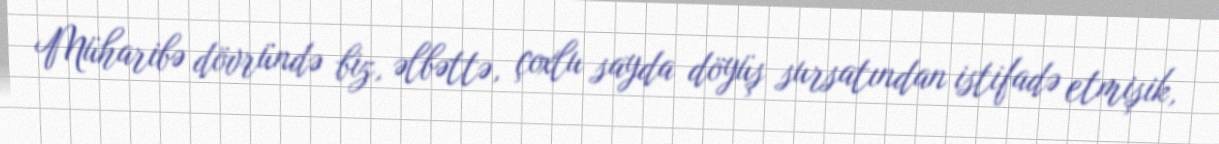
Müharibə dövründə biz, əlbəttə, çoxlu sayda döyüş sursatından istifadə etmişik,